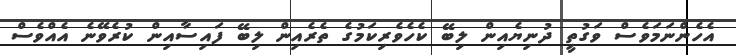
އެހެންނަމަވެސް ވަގުތީ ދުނިޔެއިން ލިބޭ ކެހެވެރިކަމުގެ ތެރެއިން ލިބޭ ފައިސާއިން ކުރެވޭނެ އެއްވެސް